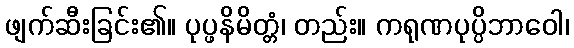
ဖျက်ဆီးခြင်း၏။ ပုပ္ဖနိမိတ္တံ၊ တည်း။ ကရုဏပုပ္ပိဘာဝေါ၊